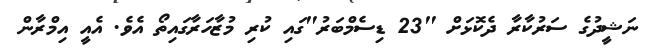
ނަޝީދުގެ ސަރުކާރާ ދެކޮޅަށް "23 ޑިސެމްބަރު"ގައި ކުރި މުޒާހަރާގައިތޯ އެވެ. އެއީ އިމްރާން